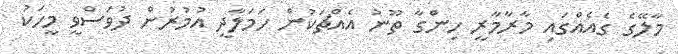
މާލޭގެ ގެއެއްގައި މާރާމާރީ ހިންގާ ތޫނު އެއްޗަކުން ހަމަލާދީ އުމުރުން ދުވަސްވީ މީހަކު